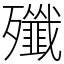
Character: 殲